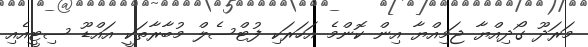
މަރަދޫ ގޯދިއްޔާ ޖަމިއްޔާ އިން ކޮންމެ އަހަރަކި ފުޓްސެލް މުބާރާތަކީ އައްޑޫ ސިޓީއެއި